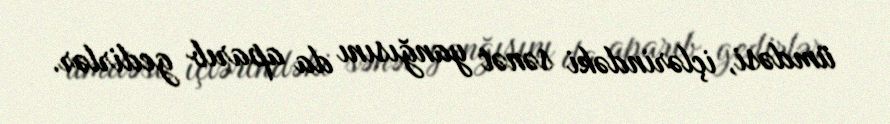
ümdəsi, içlərindəki sənət yanğısını da aparıb gedirlər.